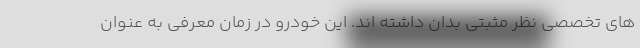
های تخصصی نظر مثبتی بدان داشته اند. این خودرو در زمان معرفی به عنوان